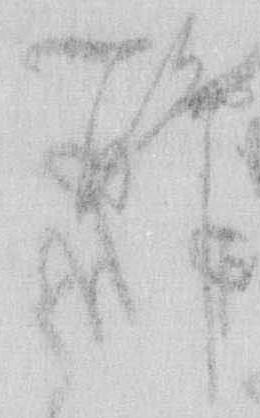
聊